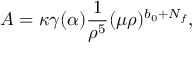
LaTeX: { \cal A } = \kappa \gamma ( \alpha ) \frac { 1 } { \rho ^ { 5 } } ( \mu \rho ) ^ { b _ { 0 } + N _ { f } } ,